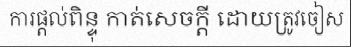
ការផ្តល់ពិន្ទុ កាត់សេចក្តី ដោយត្រូវចៀស